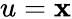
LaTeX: u=\mathbf{x}